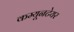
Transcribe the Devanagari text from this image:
कम्यूनटेयर